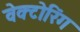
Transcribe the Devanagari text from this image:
वेक्टोरिंग